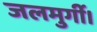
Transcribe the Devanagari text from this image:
जलमुर्गी।